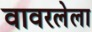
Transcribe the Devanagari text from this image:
वावरलेला